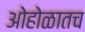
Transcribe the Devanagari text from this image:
ओहोळातच